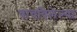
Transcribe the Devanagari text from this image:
वाचविलेल्या